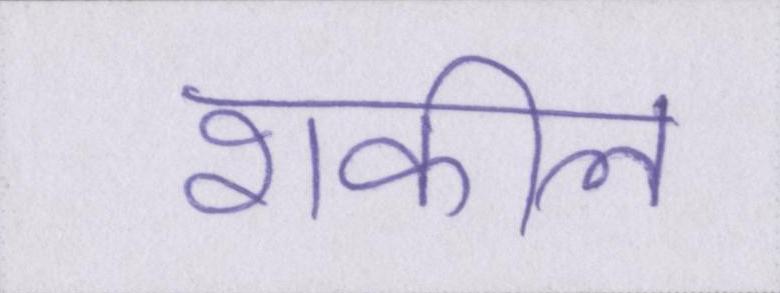
शकील